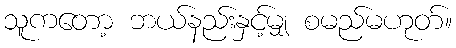
သူကတော့ ဘယ်နည်းနှင့်မျှ စမည်မဟုတ်။